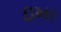
ઇખર